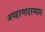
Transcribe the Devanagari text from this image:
अपहरणादरम्यान